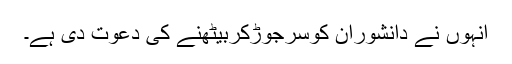
انہوں نے دانشوران کوسرجوڑکربیٹھنے کی دعوت دی ہے۔